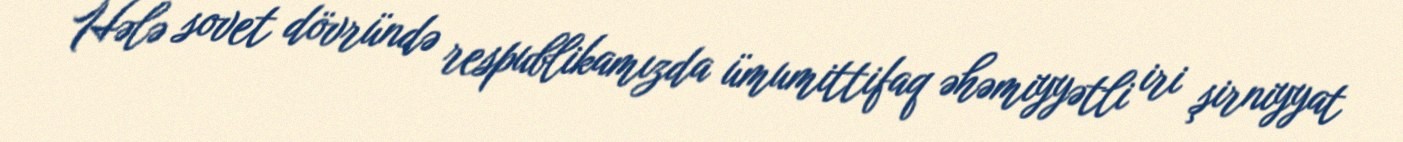
Hələ sovet dövründə respublikamızda ümumittifaq əhəmiyyətli iri şirniyyat